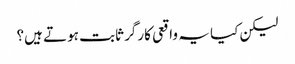
لیکن کیا یہ واقعی کارگر ثابت ہوتے ہیں؟